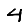
Digit: 4